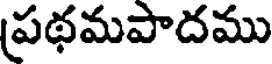
ప్రథమపాదము